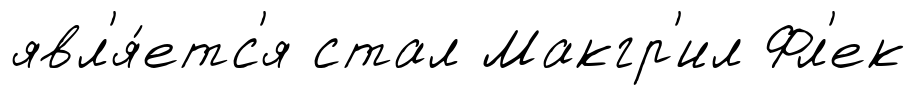
явл'я́етс'я стал Макгр'ил Фл'ек